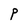
Character: P